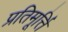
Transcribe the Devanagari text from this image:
प्रतिमूर्त्ति